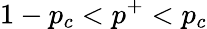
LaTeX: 1-p_{c}<p^{+}<p_{c}